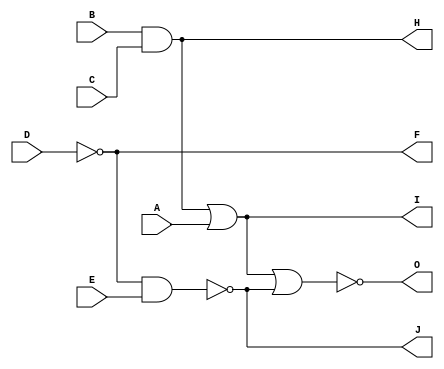

module raftari (O,A,B,C,D,E,F,H,I,J); 
	
	input A,B,C,D,E;
	output O,F,H,I,J;
	
	assign H=B&C;
	
	assign I=H|A;
	
	assign F=~D;
	
	assign J=~(F&E);
	
	assign O=~(I|J);

	
	
endmodule